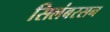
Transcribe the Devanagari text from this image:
सिलंबरसन